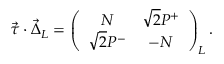
\vec { \tau } \cdot \vec { \Delta } _ { L } = \left( \begin{array} { c c } { { N } } & { { \sqrt { 2 } P ^ { + } } } \\ { { \sqrt { 2 } P ^ { - } } } & { { - N } } \end{array} \right) _ { L } .